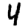
Digit: 4